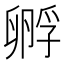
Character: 孵